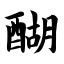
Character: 醐